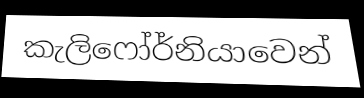
කැලිෆෝර්නියාවෙන්